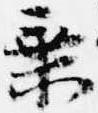
乗